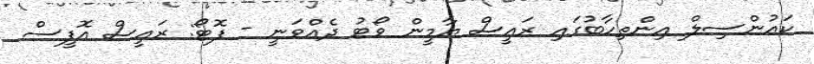
ކައުންސިލް އިންތިހާބުގައި ރައީސް ޔާމީން ވޯޓު ދެއްވަނީ - ފޮޓޯ: ރައީސް އޮފީސް